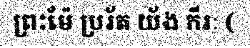
ព្រះម៉ែ ប្ររ័ត យ័ង កីរៈ (